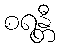
စရန္တီ